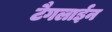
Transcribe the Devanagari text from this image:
टैगलाईन